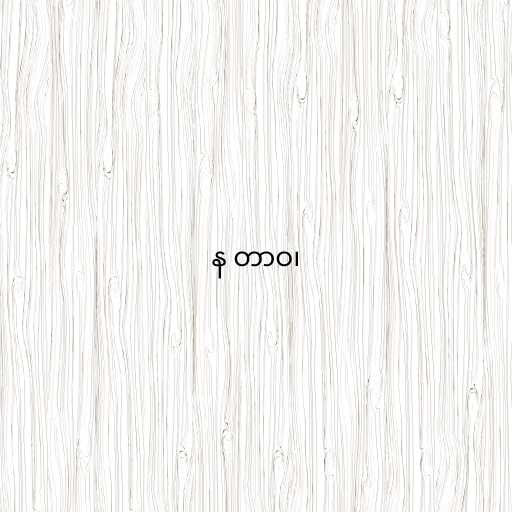
န တာဝ၊